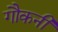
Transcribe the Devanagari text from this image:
गौकनी